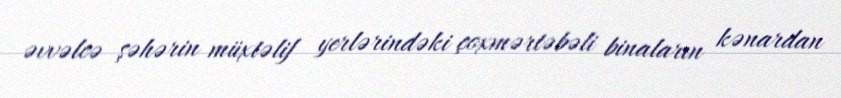
əvvəlcə şəhərin müxtəlif yerlərindəki çoxmərtəbəli binaların kənardan